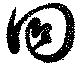
回